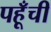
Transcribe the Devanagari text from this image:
पहूँची